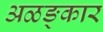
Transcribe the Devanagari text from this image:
अळङ्कार